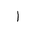
Letter: _alif